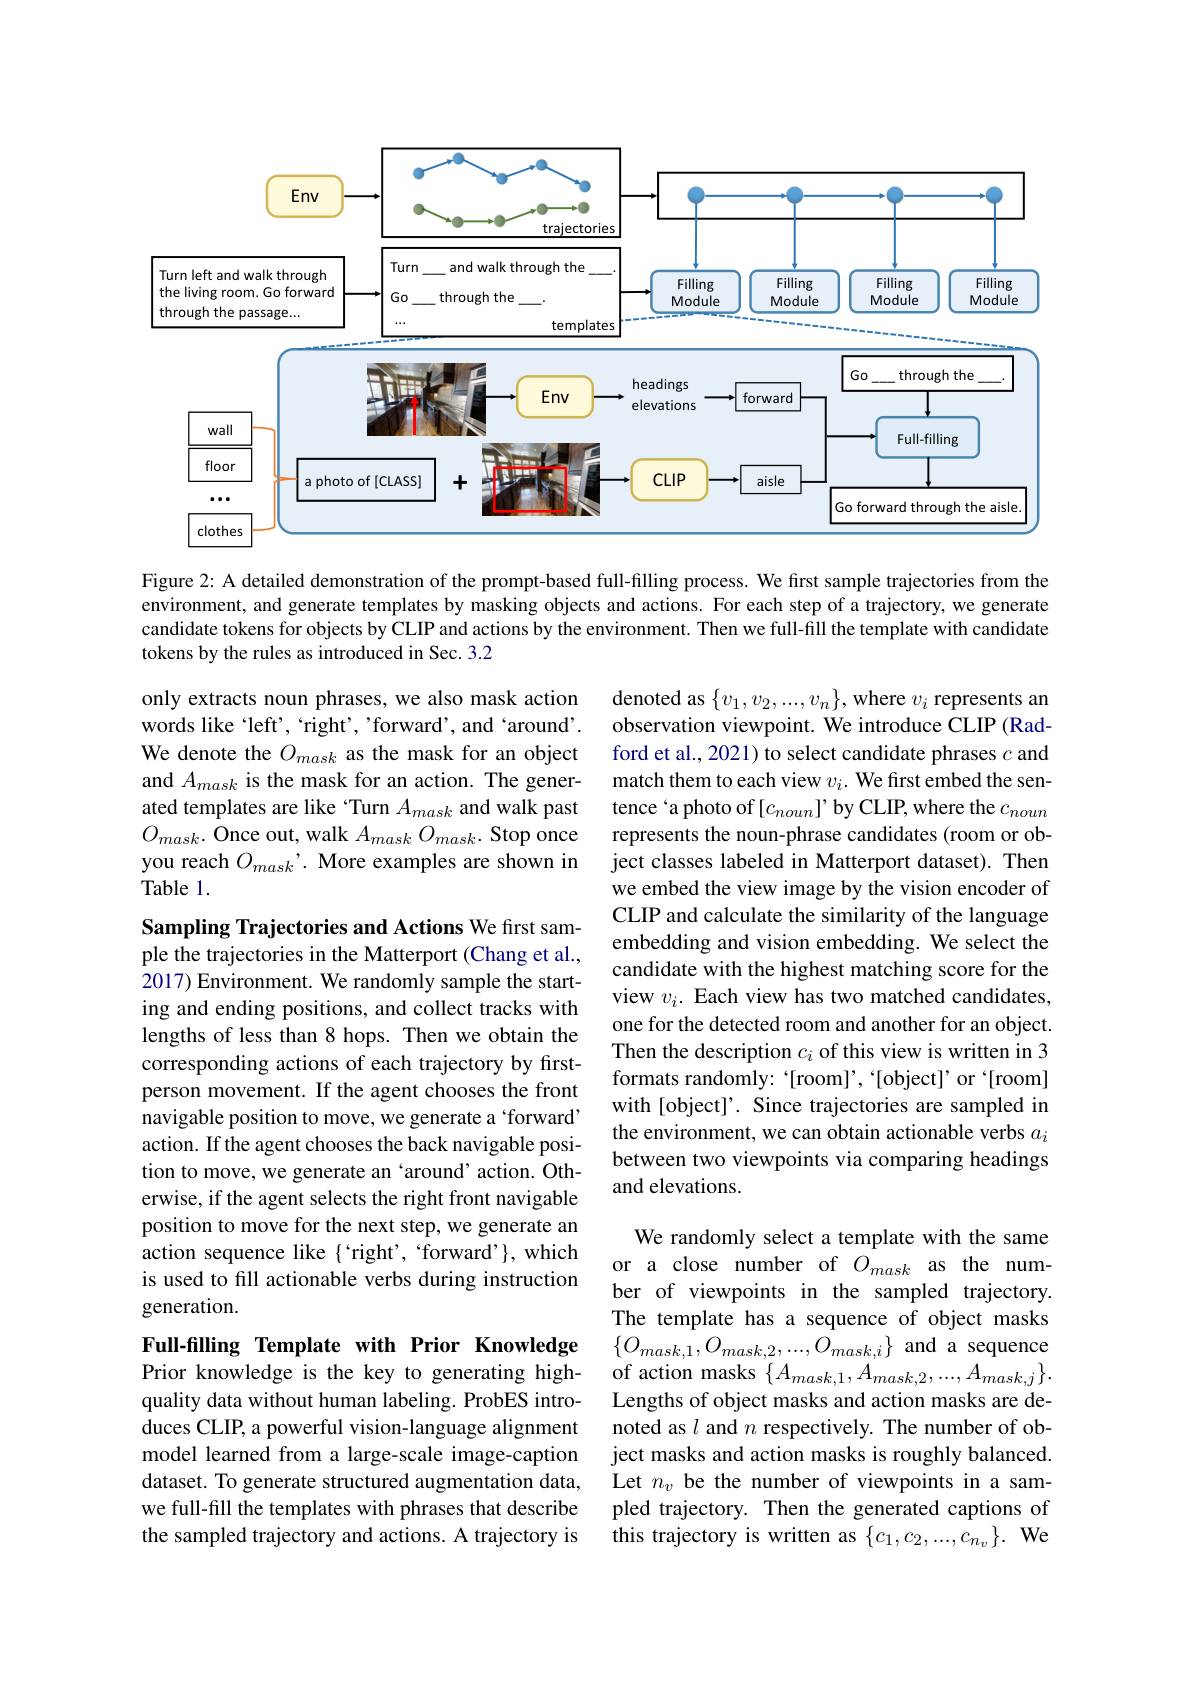
<FigureHere>

Figure 2: A detailed demonstration of the prompt-based full-filling process. We first sample trajectories from the environment, and generate templates by masking objects and actions. For each step of a trajectory, we generate candidate tokens for objects by CLIP and actions by the environment. Then we full-fill the template with candidate tokens by the rules as introduced in Sec.3.2

only extracts noun phrases, we also mask action words like 'left', 'right', 'forward', and'around'. We denote the $O_{mask}$ as the mask for an object and $A_{mask}$ is the mask for an action. The generated templates are like `Turn $A_{mask}$ and walk past $O_{mask}.$ Once out, walk $A_maskO_{mask}.$ Stop once you reach $O_{mask}’.$ More examples are shown in Table 1.

denoted as $\{v_1,v_2,...,v_n\}$,where $v_i$ represents an observation viewpoint. We introduce CLIP (Radford et al., 2021) to select candidate phrases $c$ and match them to each view $v_i.$ We first embed the sentence‘a photo of $[c_{noun}]’$ by CLIP, where the $c_{noun}$ represents the noun-phrase candidates (room or object classes labeled in Matterport dataset). Then we embed the view image by the vision encoder of CLIP and calculate the similarity of the language embedding and vision embedding. We select the candidate with the highest matching score for the view $v_i.$ Each view has two matched candidates, one for the detected room and another for an object. Then the description $c_i$ of this view is written in 3 formats randomly: “[room]’,“[object]’or‘[room] with [object]'. Since trajectories are sampled in the environment, we can obtain actionable verbs $a_i$ between two viewpoints via comparing headings and elevations.

Sampling Trajectories and Actions We first sample the trajectories in the Matterport (Chang et al., 2017) Environment. We randomly sample the starting and ending positions, and collect tracks with lengths of less than 8 hops. Then we obtain the corresponding actions of each trajectory by firstperson movement. If the agent chooses the front navigable position to move, we generate a ‘forward’ action. If the agent chooses the back navigable position to move, we generate an‘around’ action. Otherwise, if the agent selects the right front navigable position to move for the next step, we generate an action sequence like{ 'right', 'forward'}, which is used to fill actionable verbs during instruction generation.

Full-filling Template with Prior Knowledge

We randomly select a template with the same or a close number of $O_{mask}$ as the number of viewpoints in the sampled trajectory. The template has a sequence of object masks $\{O_{mask,1},O_{mask,2},...,O_{mask,i}\}$ and a sequence of action masks $\{A_{mask,1},A_{mask,2},...,A_{mask,j}\}.$ Lengths of object masks and action masks are denoted as $l$ and $n$ respectively. The number of object masks and action masks is roughly balanced. Let $n_v$ be the number of viewpoints in a sampled trajectory. Then the generated captions of this trajectory is written as $\{c_1,c_2,...,c_{n_v}\}.$ We

Prior knowledge is the key to generating highquality data without human labeling. ProbES introduces CLIP, a powerful vision-language alignment model learned from a large-scale image-caption dataset. To generate structured augmentation data, we full-fill the templates with phrases that describe the sampled trajectory and actions. A trajectory is